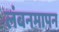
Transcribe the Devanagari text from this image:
लंबनमापन